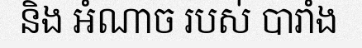
និង អំណាច របស់ បារាំង